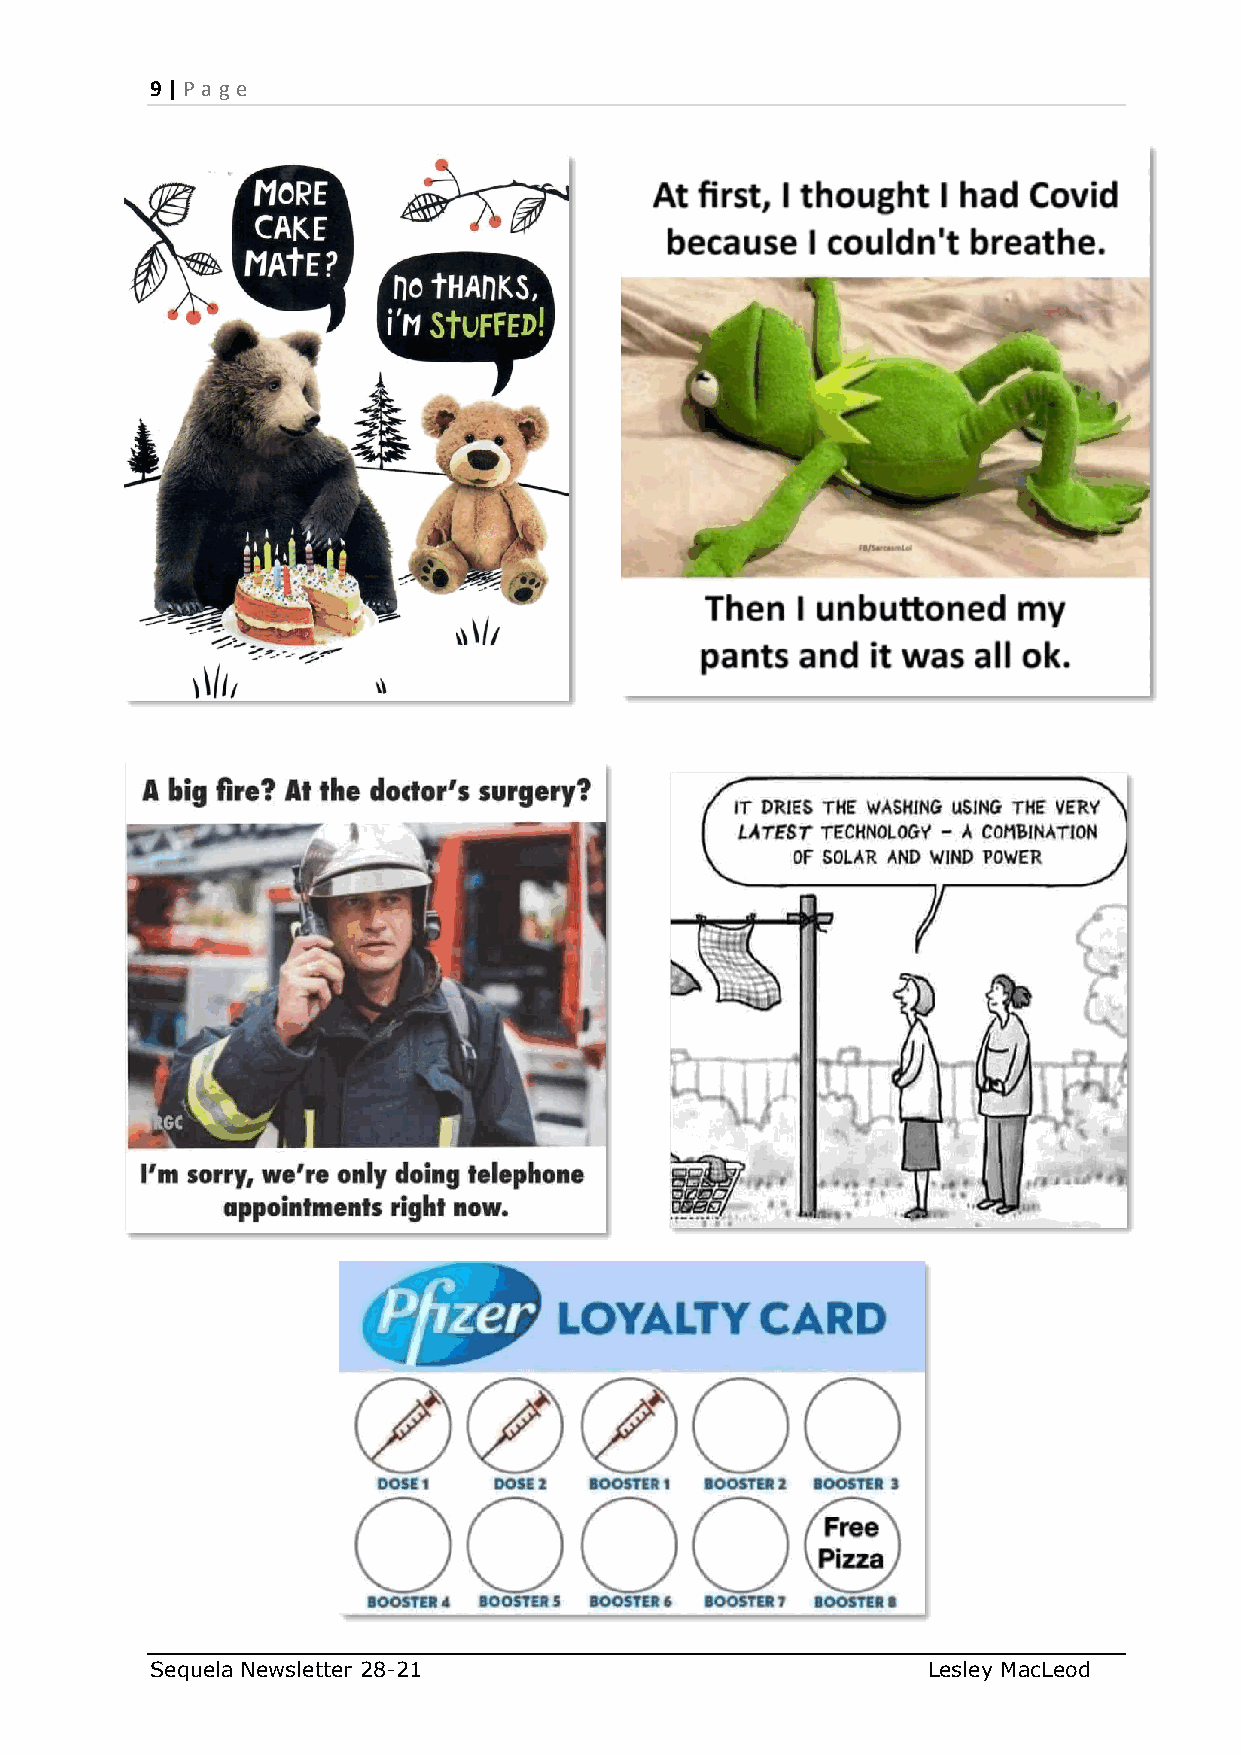
9 | P age
 Sequela Newsletter 28-21                           Lesley MacLeod